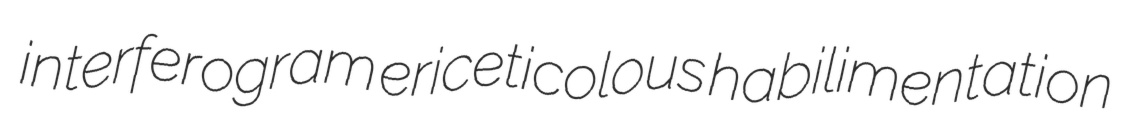
interferogram ericeticolous habilimentation